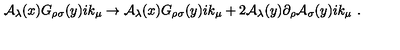
{ \cal A } _ { \lambda } ( x ) G _ { \rho \sigma } ( y ) i k _ { \mu } \rightarrow { \cal A } _ { \lambda } ( x ) G _ { \rho \sigma } ( y ) i k _ { \mu } + 2 { \cal A } _ { \lambda } ( y ) \partial _ { \rho } { \cal A } _ { \sigma } ( y ) i k _ { \mu } \ .